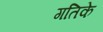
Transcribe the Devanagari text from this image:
गतिके